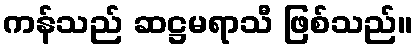
ကန်သည် ဆဋ္ဌမရာသီ ဖြစ်သည်။